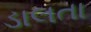
ડાલતા